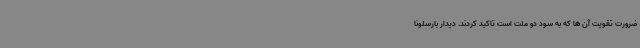
ضرورت تقویت آن ها که به سود دو ملت است تاکید کردند. دیدار بارسلونا